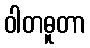
ဝါတဓူတာ